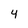
Character: 4